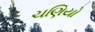
ચણિયો